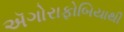
ઍગોરાફોબિયાથી